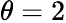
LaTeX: \theta=2